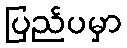
ပြည်ပမှာ